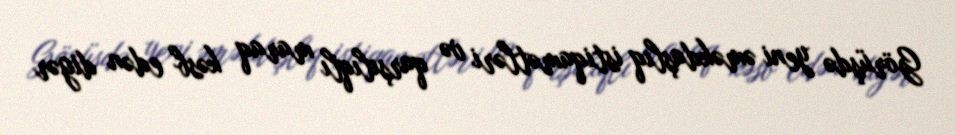
Görüşdə yeni əməkdaşlıq istiqamətləri və qarşılıqlı maraq kəsb edən digər